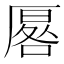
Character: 厬